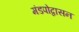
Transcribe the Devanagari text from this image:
मंडपोद्वासन